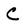
Character: C